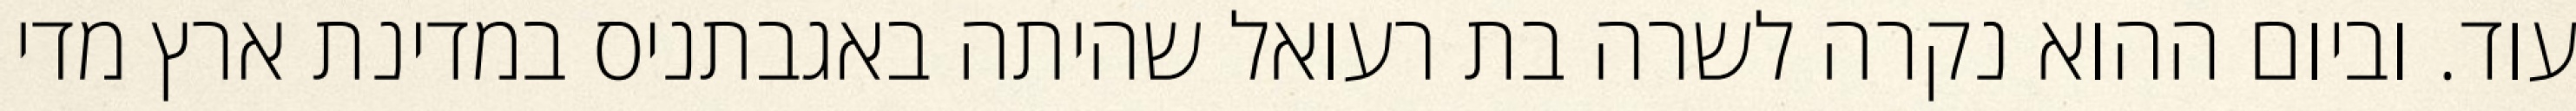
עוד. וביום ההוא נקרה לשרה בת רעואל שהיתה באגבתניס במדינת ארץ מדי